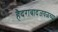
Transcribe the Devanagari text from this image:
हैदराबादजवळच्या